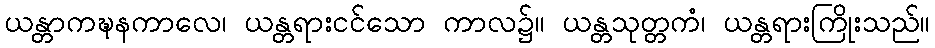
ယန္တာကဍ္ဎနကာလေ၊ ယန္တရားငင်သော ကာလ၌။ ယန္တသုတ္တကံ၊ ယန္တရားကြိုးသည်။